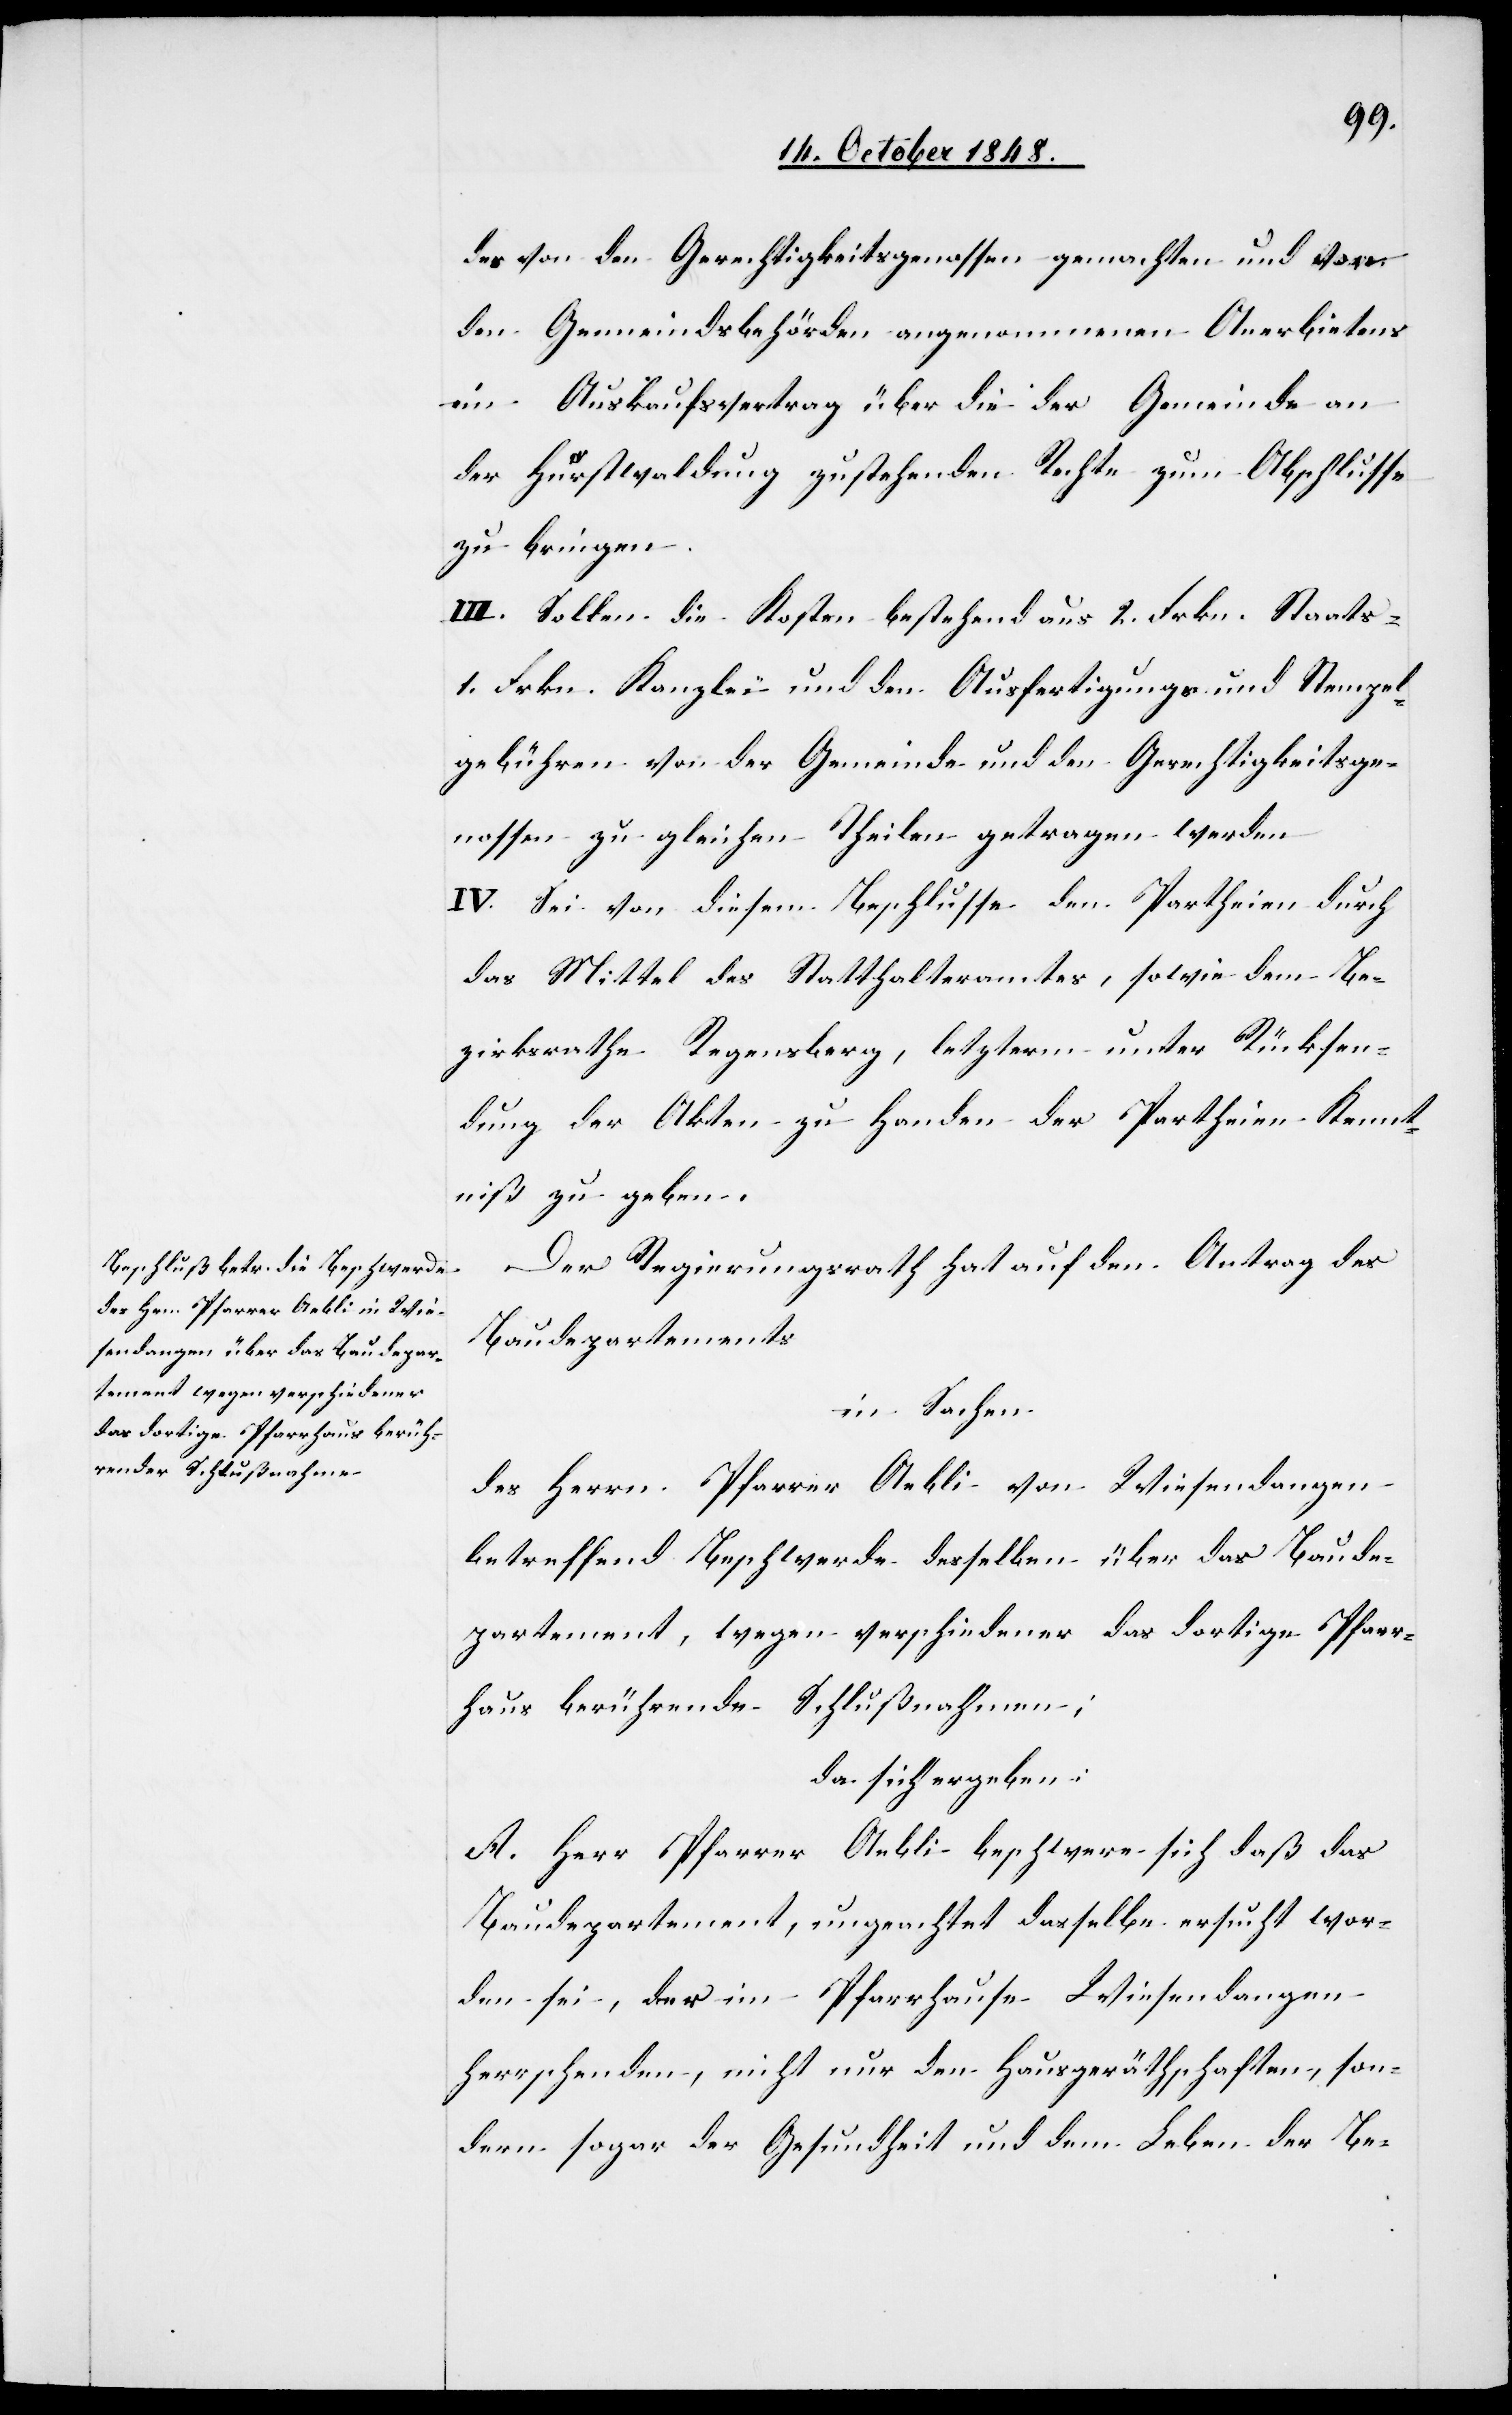
der von den Gerechtigkeitsgenossen gemachten und von
den Gemeindsbehörden angenommenen Anerbietens
ein Auskaufsvertrag über die der Gemeinde an
der Hurstwaldung zustehenden Rechte zum Abschlusse
zu bringen.
III. Sollen die Kosten bestehend aus 2. Frkn. Staats-
1. Frkn. Kanzlei[-] und den Ausfertigungs[-] und Stempel¬
gebühren von der Gemeinde und den Gerechtigkeitsge¬
nossen zu gleichen Theilen getragen werden[.]
IV. Sei von diesem Beschlusse den Partheien durch
das Mittel des Statthalteramtes, sowie dem Be¬
zirksrathe Regensberg, letzterm unter Rücksen¬
dung der Akten zu Handen der Partheien Kennt¬
niß zu geben.
Der Regierungsrath hat auf den Antrag des
Baudepartments
in Sachen
des Herrn Pfarrer Aebli von Wiesendangen
betreffend Beschwerde desselben über das Baude¬
partement, wegen verschiedener das dortige Pfarr¬
haus berührende Schlußnahmen;
da sich ergeben:
A. Herr Pfarrer Aebli beschwere sich daß das
Baudepartement, ungeachtet dasselbe ersucht wor¬
den sei, der im Pfarrhause Wiesendangen
herrschenden, nicht nur den Hausgeräthschaften, son¬
dern sogar der Gesundheit und dem Leben der Be-